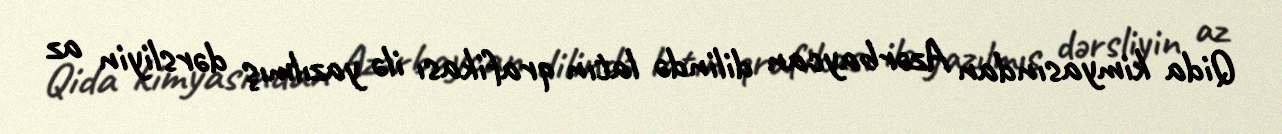
Qida kimyasından Azərbaycan dilində latın qrafikası ilə yazılmış dərsliyin az